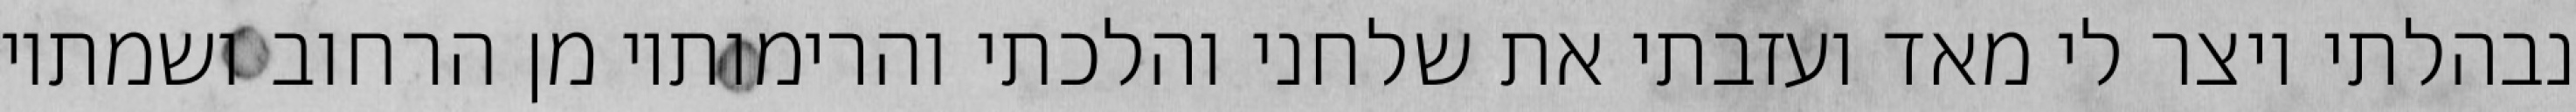
נבהלתי ויצר לי מאד ועזבתי את שלחני והלכתי והרימותיו מן הרחוב ושמתיו